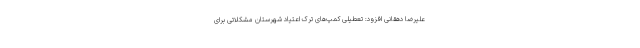
علیرضا دهقانی افزود: تعطیلی کمپ‌های ترک اعتیاد شهرستان مشکلاتی برای